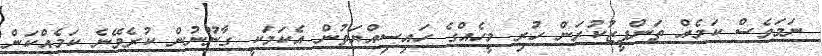
ނަމަވެސް ކަމެއް ތަންފީޒުކުރަން ހުރި މީހެއްގެ ހައިސިއްޔަތުން އެކަމަކީ ގާނޫނުން ކުރެވޭނެ ކަމެއްކަން